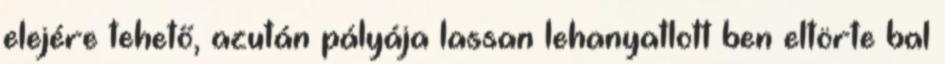
elejére tehető, azután pályája lassan lehanyatlott ben eltörte bal